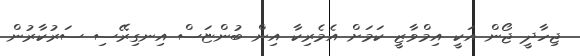
ޖިހާދީ ޖޯން އަކީ އިމްވާޒީ ކަމަށް އެމެރިކާ އިން ބުންޏަސް އިނގިރޭސި ސަރުކާރުން